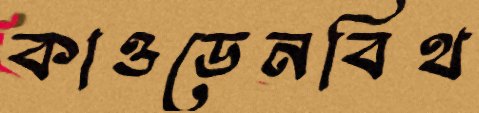
কাওডেনবিথ